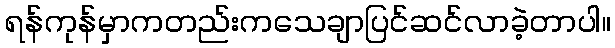
ရန်ကုန်မှာကတည်းကသေချာပြင်ဆင်လာခဲ့တာပါ။